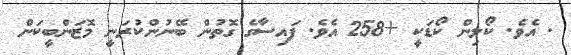
. އެވެ. ކޯލިން ކޯޑަކީ +258 އެވެ. ފައިސާގެ ގޮތުން ބޭނުންކުރަނީ މޮޒަންބީކަން